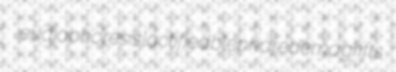
eudiaphoresis lactified blepharedema grifts